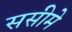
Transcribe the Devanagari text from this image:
ससीमे